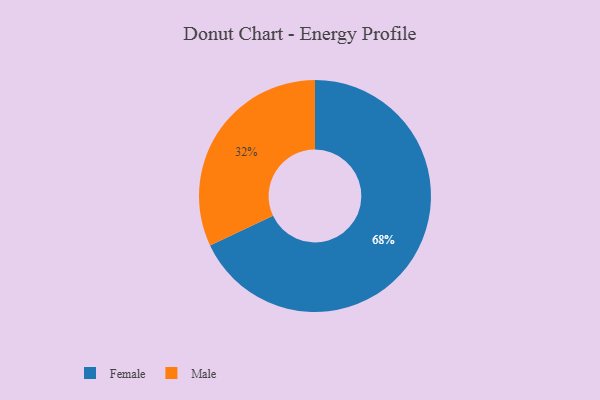
{"axis": {"x": "Category", "y": "Percentage"}, "legend": ["Female", "Male"], "data": [{"x": "Male", "y": 32, "type": "Male"}, {"x": "Female", "y": 68, "type": "Female"}]}